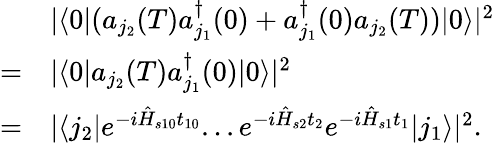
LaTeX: \begin{array}{rl}&{|\langle 0|(a_{j_{2}}(T)a_{j_{1}}^{\dagger}(0)+a_{j_{1}}^{\dagger}(0)a_{j_{2}}(T))|0\rangle|^{2}}\\ {=}&{|\langle 0|a_{j_{2}}(T)a_{j_{1}}^{\dagger}(0)|0\rangle|^{2}}\\ {=}&{|\langle j_{2}|e^{-i\hat{H}_{s10}t_{10}}...e^{-i\hat{H}_{s2}t_{2}}e^{-i\hat{H}_{s1}t_{1}}|j_{1}\rangle|^{2}.}\end{array}